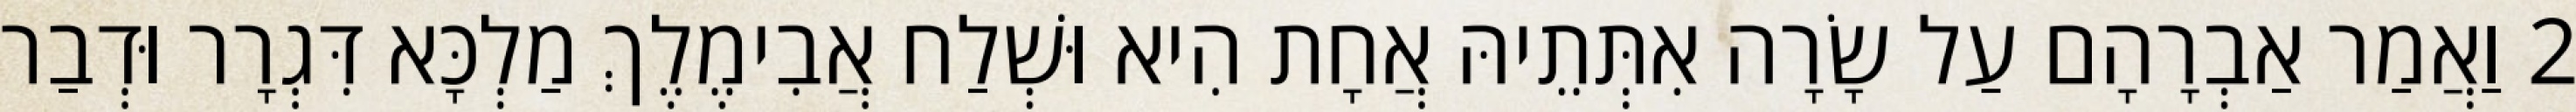
2 וַאֲמַר אַבְרָהָם עַל שָׂרָה אִתְּתֵיהּ אֲחָת הִיא וּשְׁלַח אֲבִימֶלֶךְ מַלְכָּא דִּגְרָר וּדְבַר